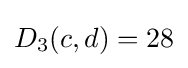
D_{3}(c,d)=28